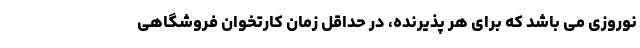
نوروزی می باشد که برای هر پذیرنده، در حداقل زمان کارتخوان فروشگاهی